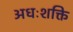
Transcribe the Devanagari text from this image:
अधःशक्ति